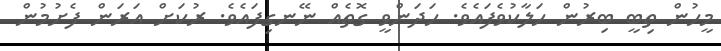
މީހުން ތިބީ ބިރުން ހަލާކުވެފައެވެ. ހަދަންވީ ގޮތެއް ނޭނގިފައެވެ. ރުކަށް އަރަން ފެށުމުން